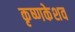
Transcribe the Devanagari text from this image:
कृष्णकेशव